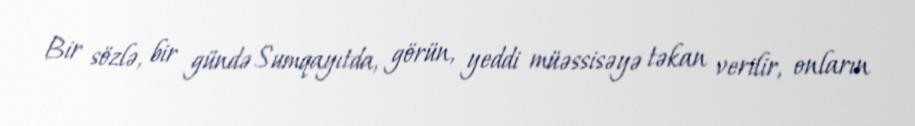
Bir sözlə, bir gündə Sumqayıtda, görün, yeddi müəssisəyə təkan verilir, onların